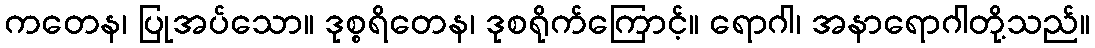
ကတေန၊ ပြုအပ်သော။ ဒုစ္စရိတေန၊ ဒုစရိုက်ကြောင့်။ ရောဂါ၊ အနာရောဂါတို့သည်။